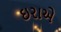
ઇરાએ